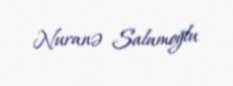
Nuranə Salamoğlu